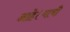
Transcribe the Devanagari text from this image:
आहे।याची